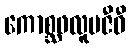
ကောစ္ဆဖလူပဇီဝီ